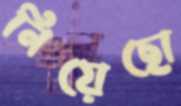
নিয়েছো